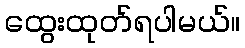
ထွေးထုတ်ရပါမယ်။